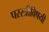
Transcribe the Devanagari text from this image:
परस्त्रीविषयी